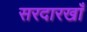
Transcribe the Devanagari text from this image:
सरदारखाँ